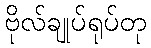
ဗိုလ်ချုပ်ရုပ်တု